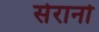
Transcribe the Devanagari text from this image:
सेरानो